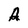
Character: A